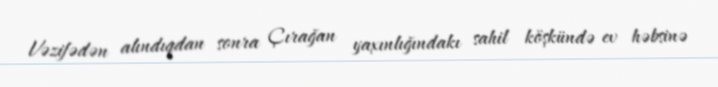
Vəzifədən alındıqdan sonra Çırağan yaxınlığındakı sahil köşkündə ev həbsinə